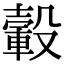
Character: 轂